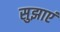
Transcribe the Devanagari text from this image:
सुझाएं